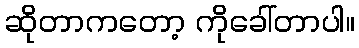
ဆိုတာကတော့ ကိုခေါ်တာပါ။